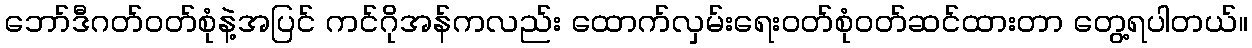
ဘော်ဒီဂတ်ဝတ်စုံနဲ့အပြင် ကင်ဂိုအန်ကလည်း ထောက်လှမ်းရေးဝတ်စုံဝတ်ဆင်ထားတာ တွေ့ရပါတယ်။